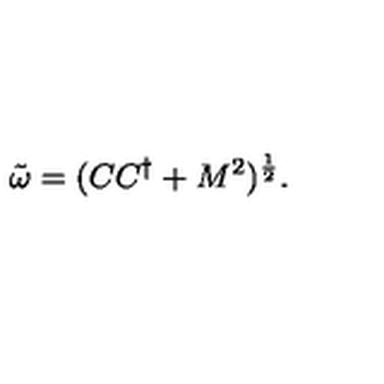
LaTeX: { \tilde { \omega } } = ( C C ^ { \dagger } + M ^ { 2 } ) ^ { \frac { 1 } { 2 } } .